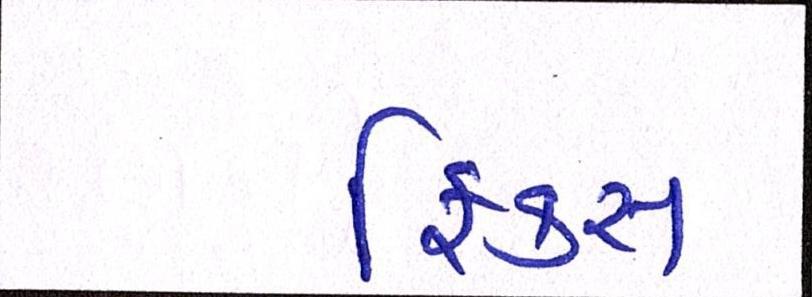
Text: ફિક્સ